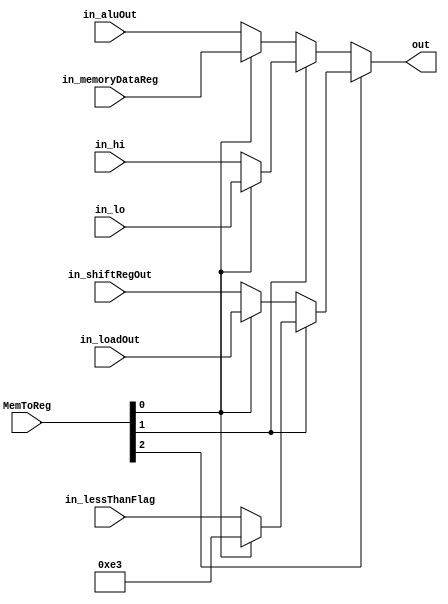
module MuxMemToReg(MemToReg, in_aluOut, in_memoryDataReg, in_hi, in_lo, in_shiftRegOut, in_loadOut, in_lessThanFlag, out);
						
	input [2:0] MemToReg;
	input [31:0] in_aluOut;
	input [31:0] in_memoryDataReg;
	input [31:0] in_hi;
	input [31:0] in_lo;
	input [31:0] in_shiftRegOut;
	input [31:0] in_loadOut;
	input [31:0] in_lessThanFlag;
	parameter ResetSP = 32'd227;
	
	output [31:0] out;
	
	assign out = MemToReg[2] ? (MemToReg[1] ? (MemToReg[0] ? ResetSP : in_lessThanFlag) : (MemToReg[0] ? in_loadOut : in_shiftRegOut))
					: (MemToReg[1] ? (MemToReg[0] ? in_lo : in_hi) : (MemToReg[0] ? in_memoryDataReg : in_aluOut)); 
	
endmodule